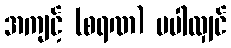
အကျင့် (စရဏ) မပါလျှင်